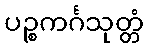
ပဉ္စကင်္ဂသုတ္တံ